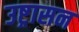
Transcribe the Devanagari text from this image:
उष्ट्रासन